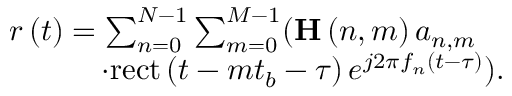
\begin{array} { r l } & { r \left( t \right) = \sum _ { n = 0 } ^ { N - 1 } { \sum _ { m = 0 } ^ { M - 1 } ( { { \bf { H } } \left( { n , m } \right) { a _ { n , m } } } } } \\ & { \quad \quad \quad \cdot \mathrm { { r e c t } } \left( { t - m { t _ { b } } - \tau } \right) { e ^ { j 2 \pi { f _ { n } } \left( { t - \tau } \right) } } ) . } \end{array}